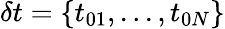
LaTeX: \delta t=\{ t_{01},...,t_{0N}\}